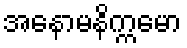
အနောမနိက္ကမော